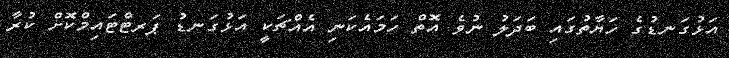
އަޅުގަނޑުގެ ހަޔާތުގައި ބަދަލު ނުވެ އޮތް ހަމައެކަނި އެއްޗަކީ އަޅުގަނޑު ޕަރޓްޓައިމްކޮށް ކުރާ